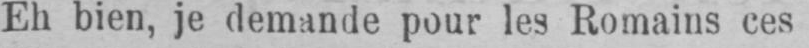
Eh bien, je demande pour les Romains ces